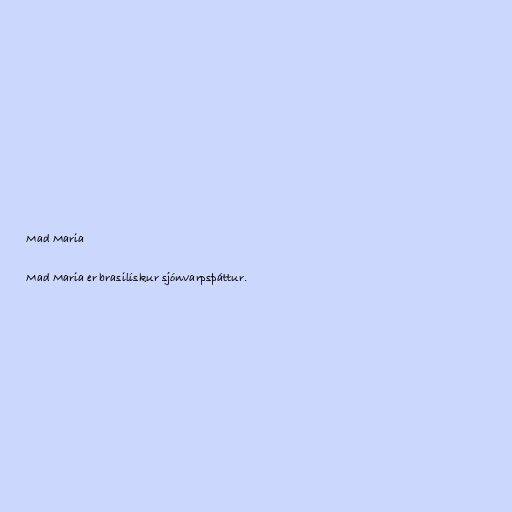
Mad Maria

Mad Maria er brasilískur sjónvarpsþáttur.